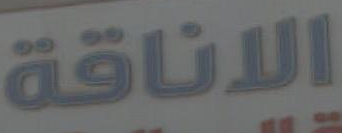
الاناقة